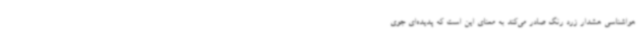
هواشناسی هشدار زرد رنگ صادر می‌کند به معنای این است که پدیده‌ای جوی